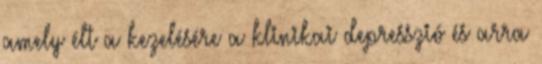
amely élt a kezelésére a klinikai depresszió és arra